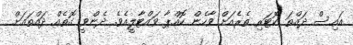
އައިސް ދައްތަ ކޮޓަރި ތެރެއަށް ވާހެން ކޮއްޕާ ވައްޓާލީއެވެ. ދެންވީ ގޮތެއް ދައްތައަށް